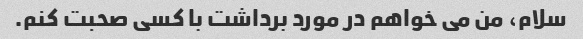
سلام، من می خواهم در مورد برداشت با کسی صحبت کنم.